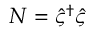
N = \hat { \varsigma } ^ { \dagger } \hat { \varsigma }